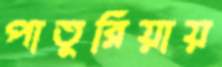
পাতুরিয়ায়